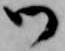
御